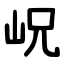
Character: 岲